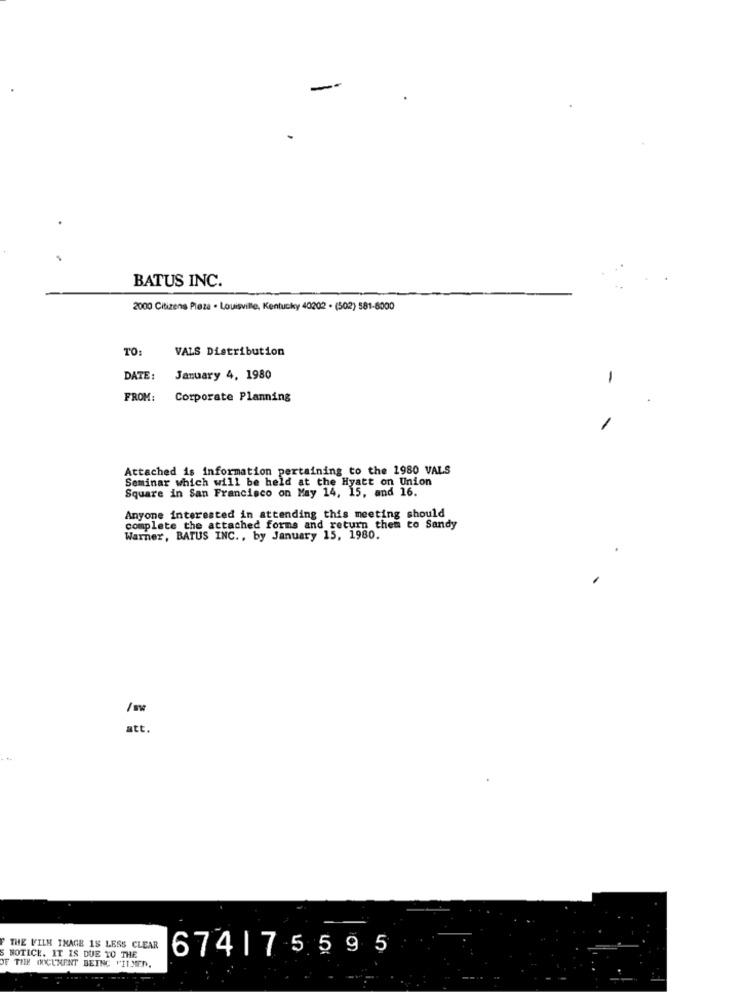
-
BATUS INC.
2000 Citizens Pleza . Louisville, Kentucky 40202 - (502) 581-8000
TO:
VALS Distribution
DATE:
January 4, 1980
FROM:
Corporate Planning
Attached is information pertaining to the 1980 VALS
Seminar which will be held at the Hyatt on Union
Square in San Francisco on May 14, 15, and 16.
Anyone interested in attending this meeting should
complete the attached forms and return them to Sandy
Warner, BATUS INC ., by January 15, 1980.
att .
--
THE FILE THAGE 1S LESS CLEAR
S NOTICE. IT IS DUE TO THE
674| 7 5595
OF THE DOCUMENT BEING MITMED.